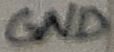
Text: GND